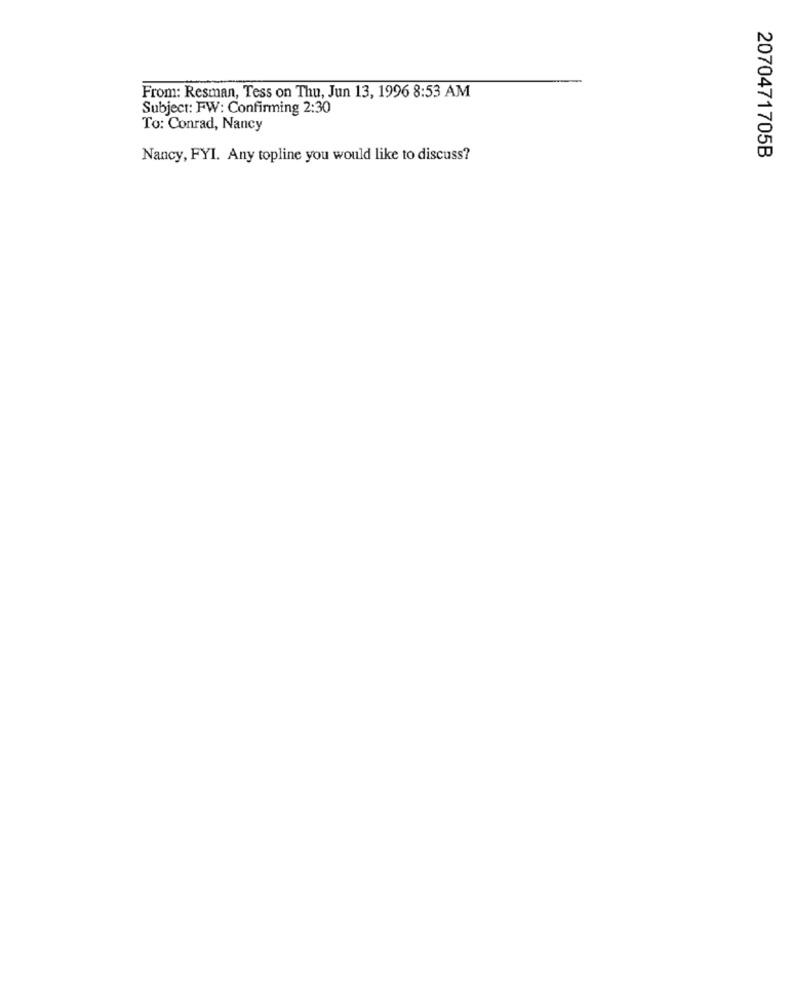
From: Resman, Tess on Thu, Jun 13, 1996 8:53 AM
Subject: FW: Confirming 2:30
To: Conrad, Nancy
Nancy, FYI. Any topline you would like to discuss?
2070471705B